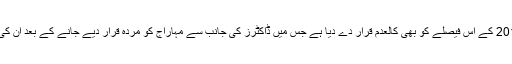
عدالت نے دلیپ کمار جھا کی درخواست مسترد کرتے ہوئے 2014 کے اس فیصلے کو بھی کالعدم قرار دے دیا ہے جس میں ڈاکٹرز کی جانب سے مہاراج کو مردہ قرار دیے جانے کے بعد ان کی آخری رسومات ادا کرنے کے احکامات جاری کیے گئے تھے۔